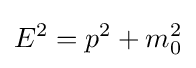
E^{2}=p^{2}+m_{0}^{2}